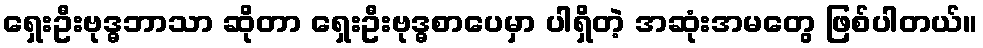
ရှေးဦးဗုဒ္ဓဘာသာ ဆိုတာ ရှေးဦးဗုဒ္ဓစာပေမှာ ပါရှိတဲ့ အဆုံးအမတွေ ဖြစ်ပါတယ်။